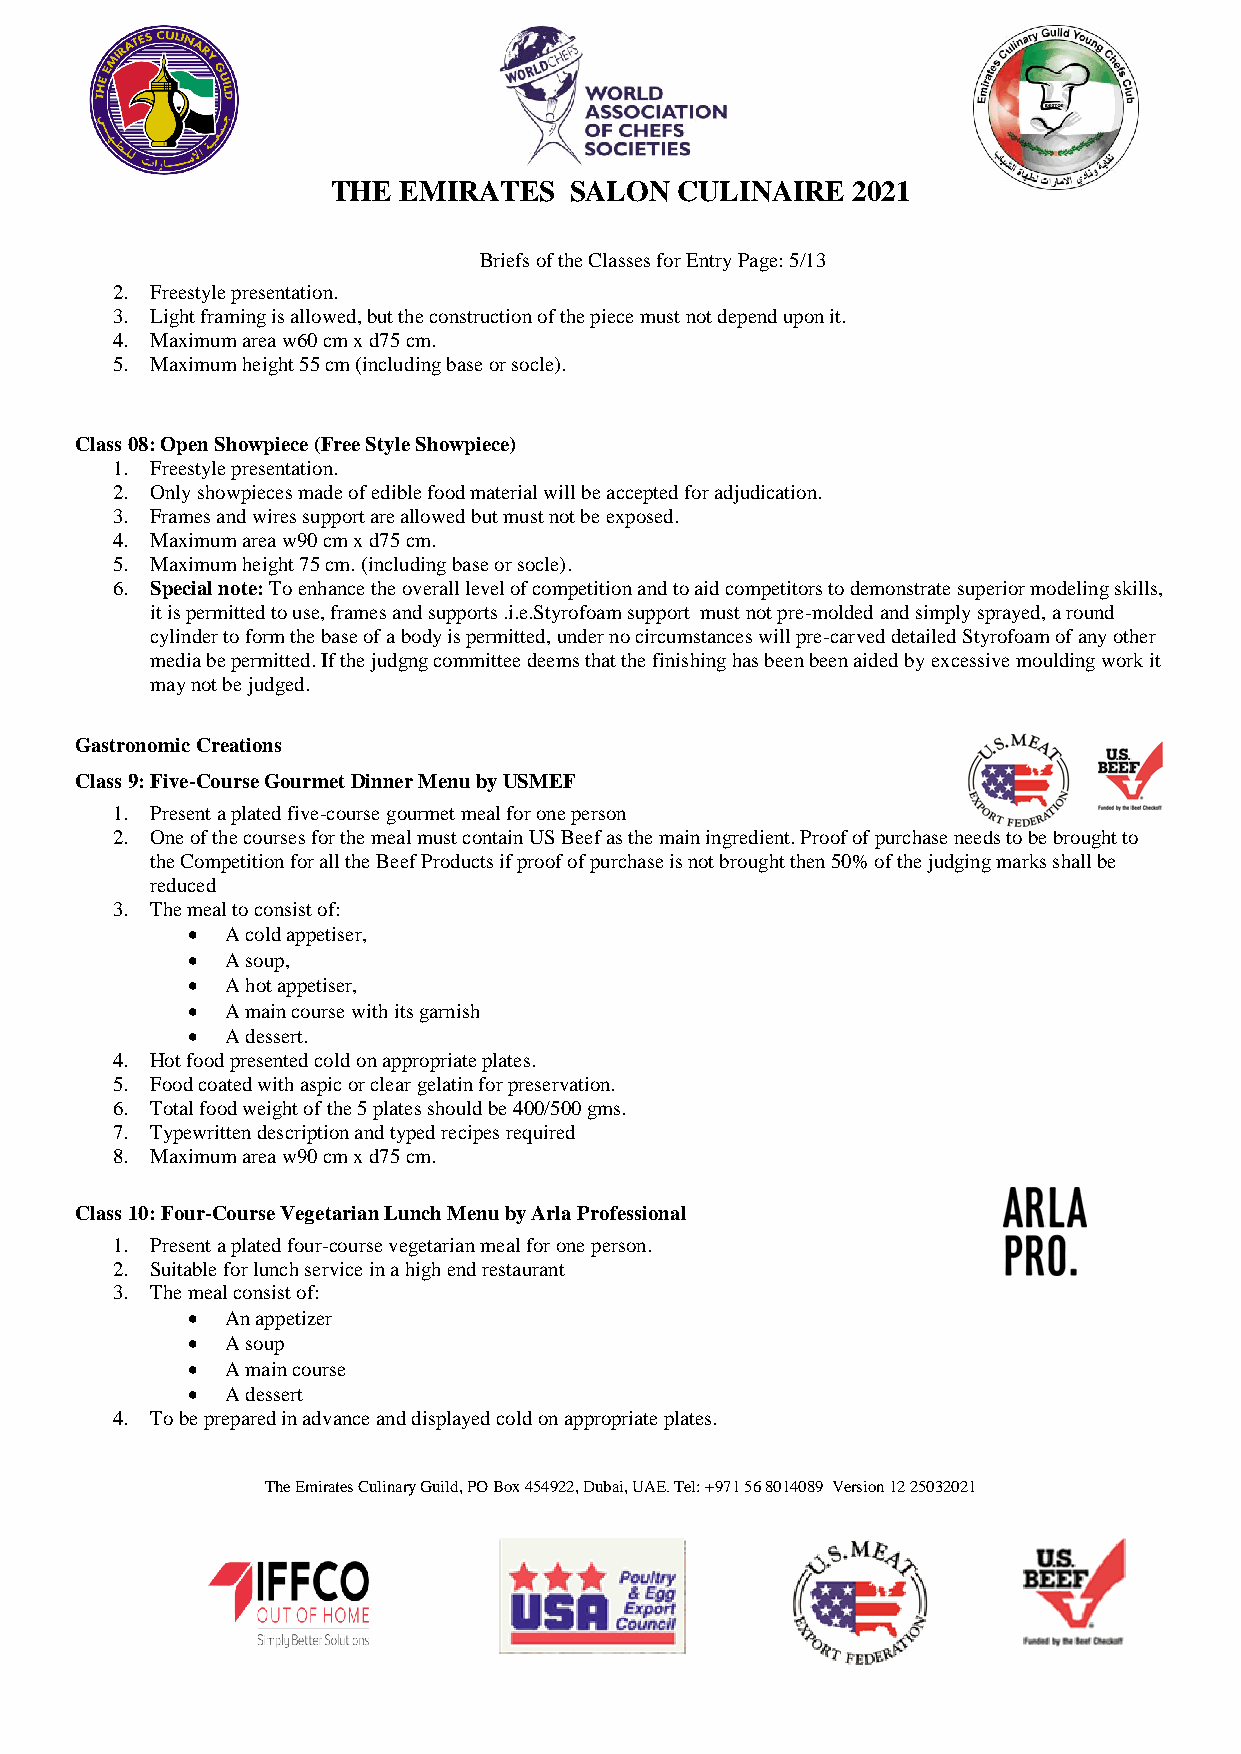
THE EMIRATES    SALON  CULINAIRE  2021
 Briefs of the Classes for Entry Page: 5/13
 2. Freestyle presentation.
 3. Light framing is allowed, but the construction of the piece must not depend upon it.
 4. Maximum area w60 cm x d75 cm.
 5. Maximum height 55 cm (including base or socle).
 Class 08: Open Showpiece (Free Style Showpiece)
 1. Freestyle presentation.
 2. Only showpieces made of edible food material will be accepted for adjudication.
 3. Frames and wires support are allowed but must not be exposed.
 4. Maximum area w90 cm x d75 cm.
 5. Maximum height 75 cm. (including base or socle).
 6. Special note: To enhance the overall level of competition and to aid competitors to demonstrate superior modeling skills,
 it is permitted to use, frames and supports .i.e.Styrofoam support must not pre-molded and simply sprayed, a round
 cylinder to form the base of a body is permitted, under no circumstances will pre-carved detailed Styrofoam of any other
 media be permitted. If the judgng committee deems that the finishing has been been aided by excessive moulding work it
 may not be judged.
 Gastronomic Creations
 Class 9: Five-Course Gourmet Dinner Menu by USMEF
 1. Present a plated five-course gourmet meal for one person
 2. One of the courses for the meal must contain US Beef as the main ingredient. Proof of purchase needs to be brought to
 the Competition for all the Beef Products if proof of purchase is not brought then 50% of the judging marks shall be
 reduced
 3. The meal to consist of:
   A cold appetiser,
   A soup,
   A hot appetiser,
   A main course with its garnish
   A dessert.
 4. Hot food presented cold on appropriate plates.
 5. Food coated with aspic or clear gelatin for preservation.
 6. Total food weight of the 5 plates should be 400/500 gms.
 7. Typewritten description and typed recipes required
 8. Maximum area w90 cm x d75 cm.
 Class 10: Four-Course Vegetarian Lunch Menu by Arla Professional
 1. Present a plated four-course vegetarian meal for one person.
 2. Suitable for lunch service in a high end restaurant
 3. The meal consist of:
   An appetizer
   A soup
   A main course
   A dessert
 4. To be prepared in advance and displayed cold on appropriate plates.
 The Emirates Culinary Guild, PO Box 454922, Dubai, UAE. Tel: +971 56 8014089 Version 12 25032021